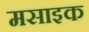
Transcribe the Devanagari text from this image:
मसाइक